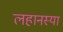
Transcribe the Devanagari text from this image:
लहानस्या